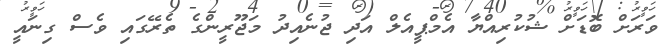
ވަރަށް ބޮޑަށް ޝުކުރިއްޔާ އެމްޕީއެލް އަދި ޖުނެއިދު މަޖޫރީންގެ ތެރޭގައި ވެސް ގިނައީ